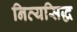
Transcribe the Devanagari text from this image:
नित्यसिद्ध